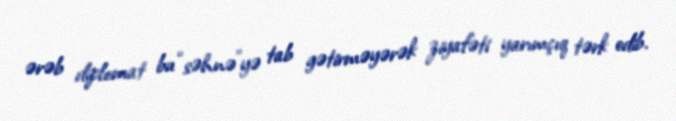
ərəb diplomat bu “səhnə”yə tab gətirməyərək ziyafəti yarımçıq tərk edib.